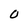
Character: O